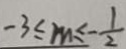
- 3 \leq m \leq - \frac { 1 } { 2 }